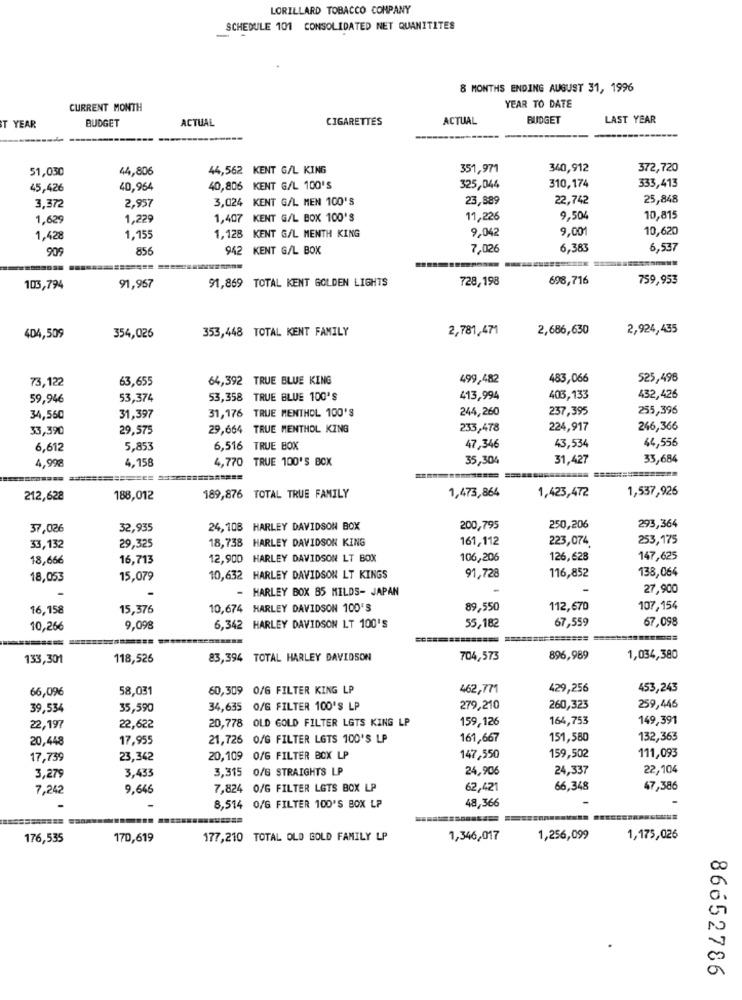
LORILLARD TOBACCO COMPANY
SCHEDULE 101 CONSOLIDATED NET QUANITITES
8 MONTHS ENDING AUGUST 31, 1996
CURRENT MONTH
YEAR TO DATE
BUDGET
ACTUAL
CIGARETTES
ACTUAL
BUDGET
LAST YEAR
T YEAR
------
51,030
44,806
44,562 KENT G/L KING
351,971
340,912
372,720
333,413
45,426
40,964
40,806 KENT G/L 100'S
325,044
310,174
2,957
3,024 KENT G/L MEN 100'S
23,889
22,742
25,848
3,372
1,629
1,22
1,407 KENT G/L BOX 100'S
11,226
9,504
10,815
1,128 KENT G/L MENTH KING
9,042
9,001
10,620
1,428
1,155
909
856
942 KENT G/L BOX
7,026
6,383
6,537
91,869 TOTAL KENT GOLDEN LIGHTS
728,198
698,716
759,953
103,794
91,967
353,448 TOTAL KENT FAMILY
2,781,471
2,686,630
2,924,435
404,509
354,026
73,122
63,655
64,392 TRUE BLUE KING
499,482
483,066
525,496
59,946
53,374
53,358 TRUE BLUE 100'S
413,994
403,133
432,426
31,176 TRUE MENTHOL 100'S
244,260
237,395
255,396
34,560
31,397
33,390
29,575
29,664 TRUE MENTHOL KING
233,478
224,917
246,366
44,556
6,612
5,853
6,516 TRUE BOX
47,346
43,534
4,998
4,158
4,770 TRUE 100'S BOX
35,304
31,427
33,684
1,473,864
1,537,926
212,628
188,012
189,876 TOTAL TRUE FAMILY
1,423,472
293,364
37,026
32,935
24,108 HARLEY DAVIDSON BOX
200,795
250,206
29,325
18,738 HARLEY DAVIDSON KING
161,112
223,074.
253,175
33,132
18,666
16,713
12,900 HARLEY DAVIDSON LT BOX
106,206
126,628
147,625
138,064
18,053
15,079
10,632 HARLEY DAVIDSON LT KINGS
91,728
116,852
HARLEY BOX 85 MILDS- JAPAN
27,900
16,158
15,376
10,674 HARLEY DAVIDSON 100'S
89,550
112,670
107,154
67,559
67,098
10,266
9,098
6,342 HARLEY DAVIDSON LT 100'S
55,182
======= =
133,301
118,526
83,394 TOTAL HARLEY DAVIDSON
704,573
896,989
1,034,380
66,09€
58,031
60,309 0/G FILTER KING LP
462,771
429,256
453,243
39,534
35,590
34,635 0/6 FILTER 100'S LP
279,210
260,323
259,446
20,778 OLD GOLD FILTER LGTS KING LP
159,126
164,753
149,391
22,197
22,622
20,448
17.955
21,726 0/G FILTER LETS 100'S LP
161,667
151,580
132,363
17,739
23,342
20,109 0/6 FILTER BOX LP
147,550
159,502
111,093
3,433
3,315 0/6 STRAIGHTS LP
24,906
24,337
22,104
3,279
7,242
9,646
7,824 0/G FILTER LGTS BOX LP
62,421
66,348
47,386
-
8,514 0/6 FILTER 100'S BOX LP
48,366
176,535
170,619
177,210 TOTAL OLD GOLD FAMILY LP
1,346,017
1,256,099
1,175,026
86652786